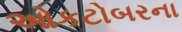
ઓકટોબરના